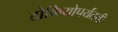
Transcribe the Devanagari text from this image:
टोकियोपर्यंतची